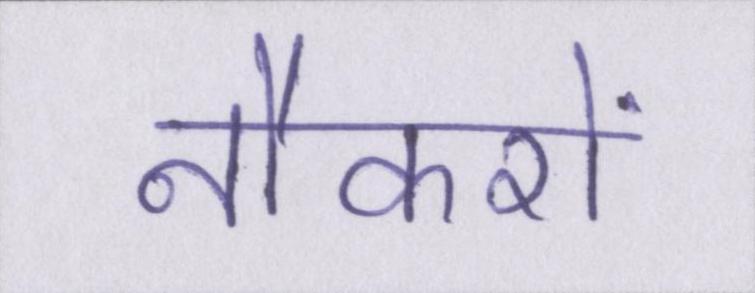
नौकरों